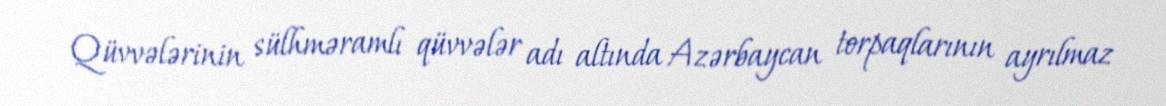
Qüvvələrinin sülhməramlı qüvvələr adı altında Azərbaycan torpaqlarının ayrılmaz